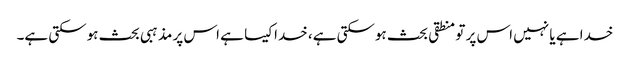
خدا ہے یا نہیں اس پر تو منطقی بحث ہوسکتی ہے، خدا کیسا ہے اس پر مذہبی بحث ہوسکتی ہے۔